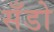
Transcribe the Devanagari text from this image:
सँडो